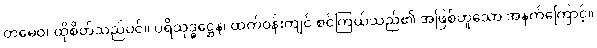
တမေဝ၊ ထိုစိတ်သည်ပင်။ ပရိသုဒ္ဓဋ္ဌေန၊ ထက်ဝန်းကျင် စင်ကြယ်သည်၏ အဖြစ်ဟူသော အနက်ကြောင့်။